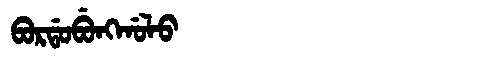
Manchu: ᠪᠣᡵᡩᠣᠪᡠᠩᡤᠣᠯᠣ
Romanization: BORDOBUNGGOLO